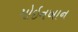
મોઇનખાન